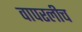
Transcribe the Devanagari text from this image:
वापरलीच